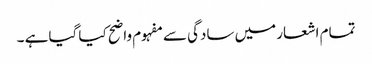
تمام اشعار میں سادگی سے مفہوم واضح کیا گیا ہے ۔